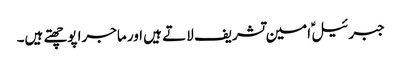
جبرئیل ؑ امین تشریف لاتے ہیں اور ماجرا پوچھتے ہیں۔